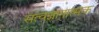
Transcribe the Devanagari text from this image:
सत्वज्ञानात्मक